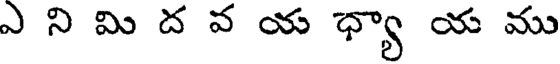
ఎ ని మి ద వ య ధ్యా య ము